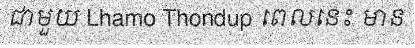
ជាមួយ Lhamo Thondup ពេលនេះ មាន